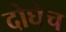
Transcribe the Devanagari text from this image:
दोघेच